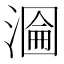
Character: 𭲂